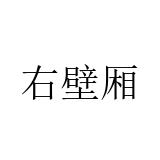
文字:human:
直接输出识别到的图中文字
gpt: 右壁厢